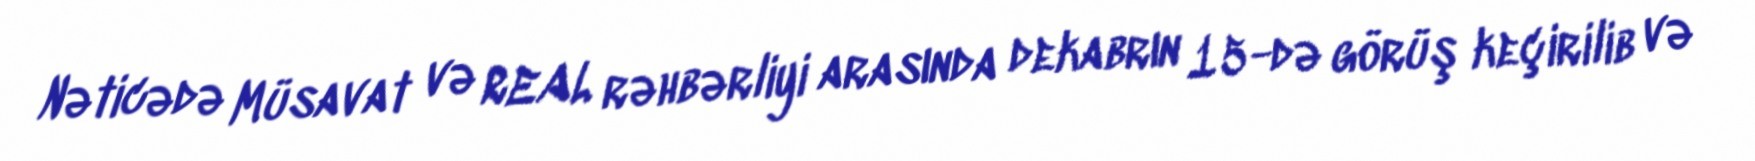
Nəticədə Müsavat və REAL rəhbərliyi arasında dekabrın 15-də görüş keçirilib və